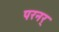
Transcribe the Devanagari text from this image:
परनर्